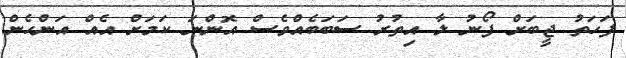
ފަހަތު ޖީބަށް ފޯނު ލާ އިތުރު ސަބަބެއްވެސް އޮންނަ ކަމަށް އެއް އަންހެން